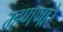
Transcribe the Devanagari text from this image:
म्हणणारे